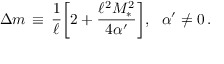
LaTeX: \Delta m \, \equiv \, \frac { 1 } { \ell } \bigg [ 2 + \frac { \ell ^ { 2 } M _ { * } ^ { 2 } } { 4 \alpha ^ { \prime } } \bigg ] , \, \, \, \, \alpha ^ { \prime } \neq 0 \, .